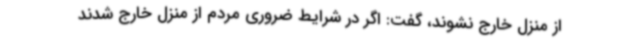
از منزل خارج نشوند، گفت: اگر در شرایط ضروری مردم از منزل خارج شدند